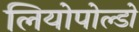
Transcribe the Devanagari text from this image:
लियोपोल्डो